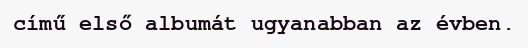
című első albumát ugyanabban az évben.